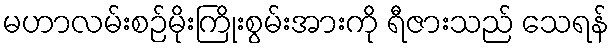
မဟာလမ်းစဉ်မိုးကြိုးစွမ်းအားကို ရီဇားသည် သေရန်